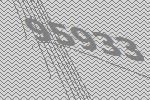
95933